Scottish Leaving Certificate Examination, 1951
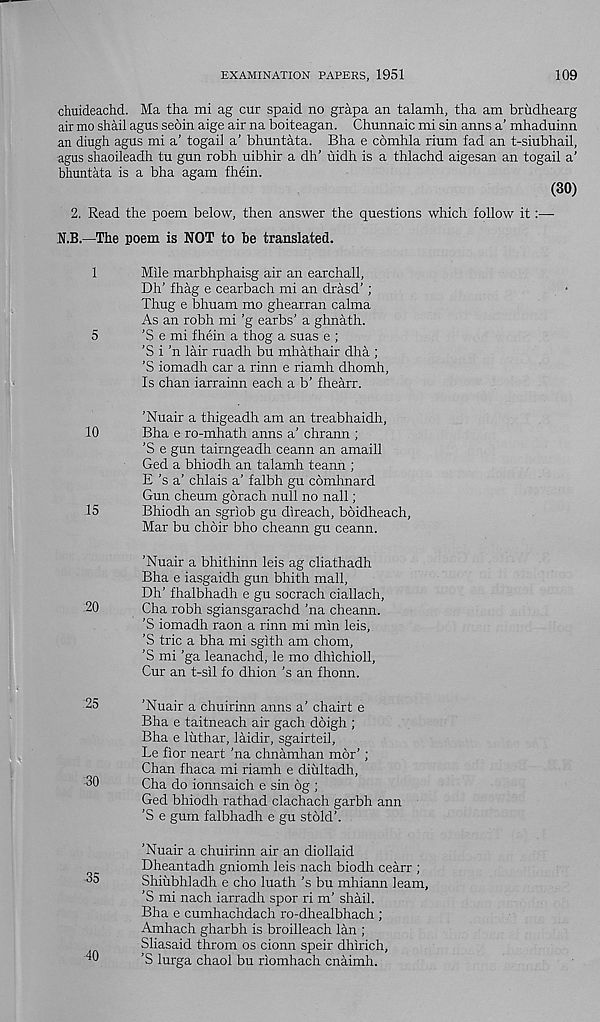
EXAMINATION PAPERS, 1951
109
chuideachd. Ma tha mi ag cur spaid no grapa an talamh, tha am briidhearg
air mo shail agus seoin aige air na boiteagan. Chunnaic mi sin anns a’ mhaduinn
an diugh agus mi a’ togail a’ bhuntata. Bha e cbmhla rium fad an t-siubhail,
agus shaoileadh tu gun robh uibhir a dh’ uidh is a thlachd aigesan an togail a'
bhuntata is a bha agam fhein.
(30)
2. Read the poem below, then answer the questions which follow it:—-
N.B.—The poem is NOT to be translated.
1
Mile marbhphaisg air an earchall,
Dh’ fhag e cearbach mi an drasd’;
Thug e bhuam mo ghearran calma
As an robh mi ’g earbs’ a ghnath.
5
'S e mi fhein a thog a suas e ;
’S i ’n lair ruadh bu mhathair dha ;
’S iomadh car a rinn e riamh dhomh,
Is chan iarrainn each a b’ fhearr.
’Nuair a thigeadh am an treabhaidh,
10
Bha e ro-mhath anns a’ chrann ;
’S e gun tairngeadh ceann an amaill
Ged a bhiodh an talamh teann ;
E’s a’ chlais a’ falbh gu cdmhnard
Gun cheum gorach null no nail;
15
Bhiodh an sgriob gu direach, boidheach,
Mar bu choir bho cheann gu ceann.
’Nuair a bhithinn leis ag cliathadh
Bha e iasgaidh gun bhith mall,
Dh’ fhalbhadh e gu socrach ciallach,
20
Cha robh sgiansgarachd ’na cheann.
’S iomadh raon a rinn mi min leis,
’S trie a bha mi sgith am chom,
’S mi ’ga leanachd, le mo dhichioll,
Cur an t-sil fo dhion 's an fhonn.
25
’Nuair a chuirinn anns a’ chairt e
Bha e taitneach air gach doigh ;
Bha e lixthar, laidir, sgairteil,
Le fior neart ’na chnamhan mor’;
Chan fhaca mi riamh e diultadh,
30
Cha do ionnsaich e sin 6g ;
Ged bhiodh rathad clachach garbh ann
’S e gum falbhadh e gu stold’.
’Nuair a chuirinn air an diollaid
Dheantadh gniomh leis nach biodh cearr ;
35
Shiiibhladh e cho luath’s bu mhiann learn,
’S mi nach iarradh spor ri m’ shail.
Bha e cumhachdach ro-dhealbhach ;
Amhach gharbh is broilleach lan ;
Sliasaid throm os cionn speir dhirich,
40
’S lurga chaol bu riomhach cnaimh.